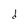
Character: d